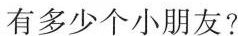
有多少个小朋友?